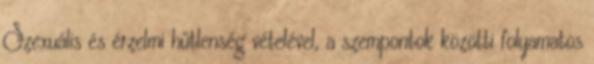
Szexuális és érzelmi hűtlenség vételével, a szempontok közötti folyamatos